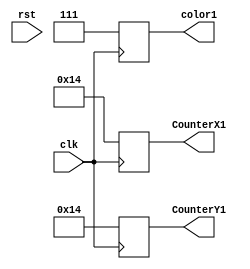
module baller (clk, rst, CounterX1, CounterY1, color1);
input clk, rst;
output reg [9:0] CounterX1;
output reg [8:0] CounterY1;
output reg [2:0] color1;
reg [2:0] color2;

integer X1 = 20;
integer Y1 = 20;
			
always @(posedge clk)
begin
	CounterX1 <= X1;
	CounterY1 <= Y1;
	color1 <= 3'b111;
end

endmodule